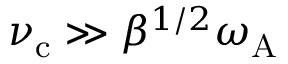
\nu _ { \mathrm { c } } \gg \beta ^ { 1 / 2 } \omega _ { \mathrm { A } }